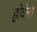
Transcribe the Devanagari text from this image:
होवेला